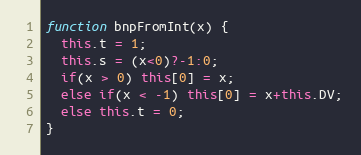
Language: JavaScript
function bnpFromInt(x) {
  this.t = 1;
  this.s = (x<0)?-1:0;
  if(x > 0) this[0] = x;
  else if(x < -1) this[0] = x+this.DV;
  else this.t = 0;
}